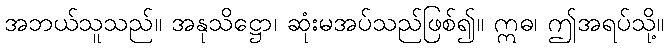
အဘယ်သူသည်။ အနုသိဋ္ဌော၊ ဆုံးမအပ်သည်ဖြစ်၍။ ဣဓ၊ ဤအရပ်သို့။